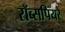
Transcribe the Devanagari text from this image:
रॉब्सपियरे